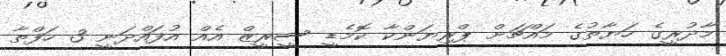
މާދުރީގެ ހަޔާތުގެ މައްޗަށް ޕްރިޔަންކާ ކޮމެޑީ ސީރީޒް އެއް އުފައްދަނީ 3 ހަފްތާ